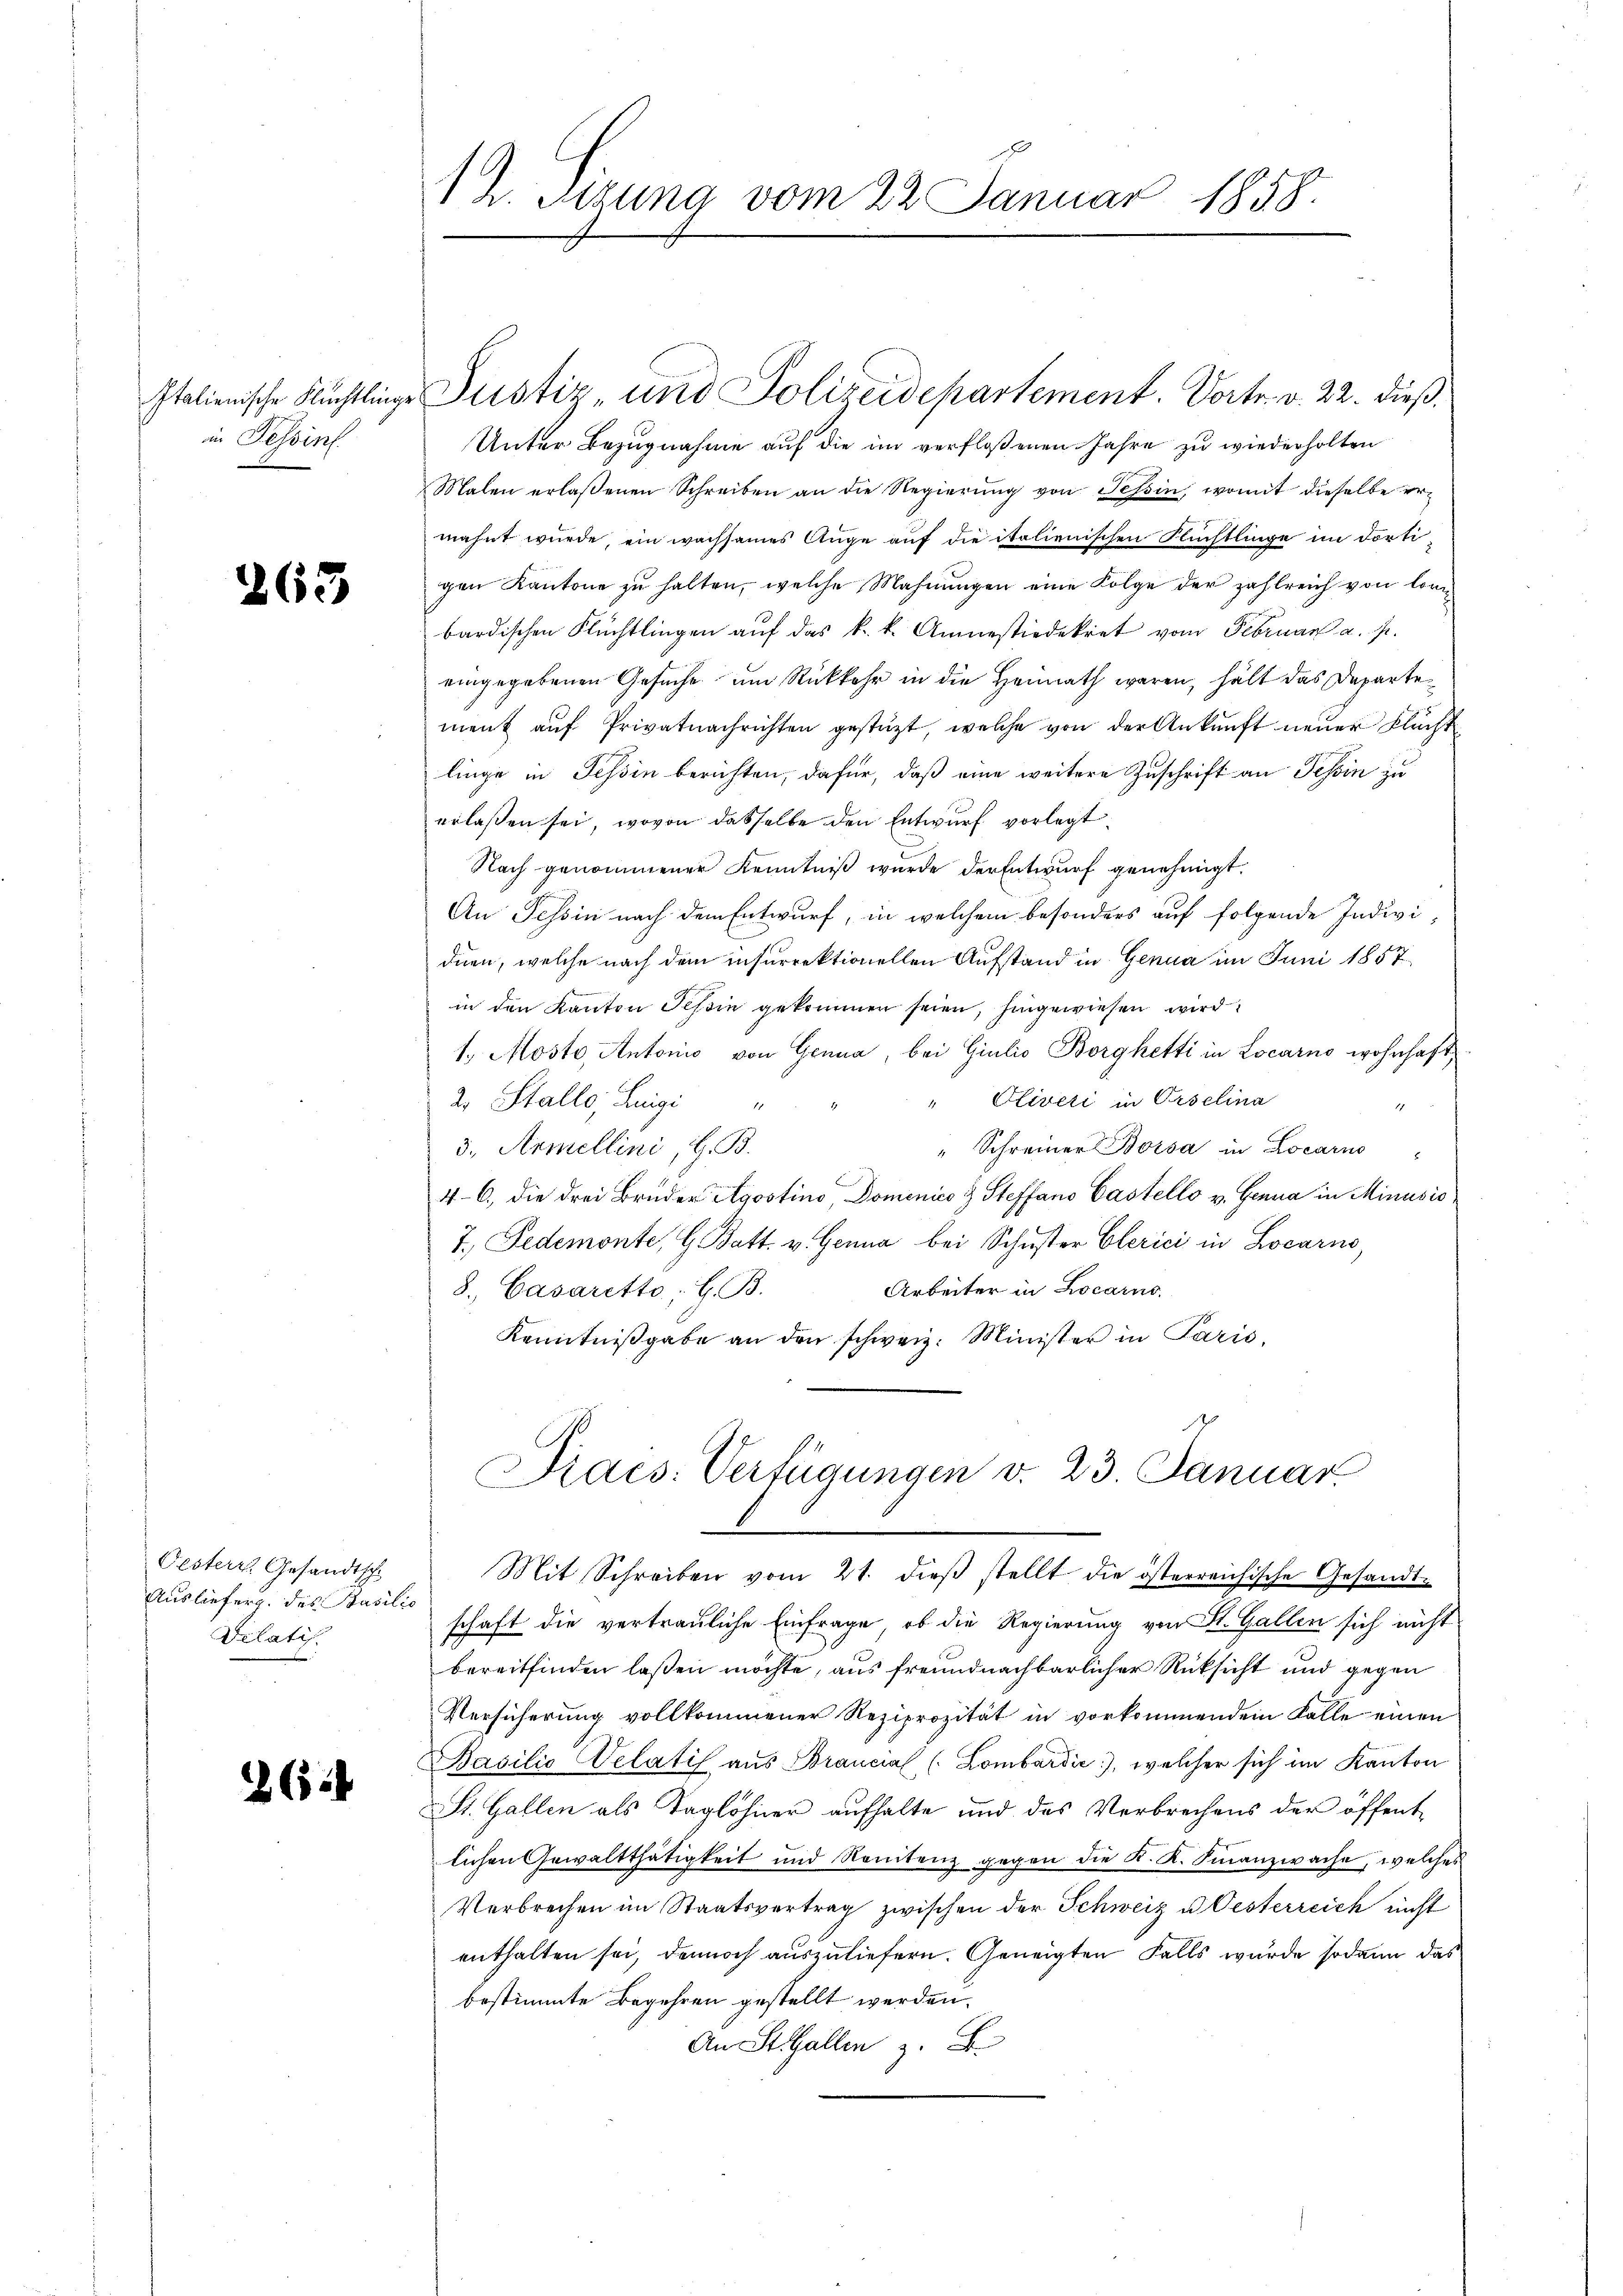
in Tessin

263

Oesters Gesandtsch
Ausliefers des Basilio
Vilatis.

262

h. Sizung vom 22 Januar 1858.

Italienische Flüchtlinge Justiz- und Polizeidepartement. Vortr. v. 22. dieß¬
Unter Bezugnahme auf die im verfloßenen Jahre zu wiederholten
Malen erlaßenen Schreiben an die Regierŭng von Tessin, womit dieselbe ermahnt wurde, ein wachsames Auge auf die italienischen Flüchtlinge im dortigen Kantone zu halten, welche Mahnungen eine Folge der zahlreich von lon
bardischen Flüchtlingen auf das k. k. Annestiedekret vom Februar a. p.
eingegebenen Gesuche um Rückkehr in die Heimath waren, hält das Departe
ment aŭf Privatnachrichten gestützt, welche von der Ankunft neuer Flucht
linge in Tessin berichten, dafür, daß eine weitere Zuschrift an Tessin zu
erlaßen sei, wovon dasselbe den Entwurf vorlegt.
Nach genommener Kenntniß wurde der Entwurf genehmigt.
An Tessin nach dem Entwurf, in welchem besonders auf folgende Individuen, welche nach dem insurrektionellen Aufstand in Genua im Juni 1857
in den Kanton Tessin gekommen seien, hingewiesen wird
1., Mosto Antonis von Genua, bei Giulio Borghetti in Locarno wohnhaft
" Oliveri in Orselina
2. Stallo, Luigi "
1
3., Armellini, G. B.
" Schreiner Bossa in Locarno
4-6., die drei Bruder Agostino, Domenico & Steffano Gastello v. Genua in Minusio
7. Fedemonte, G. Batt. v. Genua bei Schuster Clerici in Locarno,
Arbeiter in Locarno,
8. Casaretto; G. B.
Kenntniβgabe an den schweiz. Minister in Paris,

Praes. Verfügungen v. 23. Januar
Mit Schreiben vom 21. dieβ stellt die österreichische Gesandt-

schaft die vertrauliche Einfrage, ob die Regierung von St. Gallen sich nicht
bereitfinden laßen möchte, aus freundnachbarlicher Rücksicht und gegen
Versicherung vollkommener Reziprozität in vorkommendem Falle einen
Basilio Velatif aus Brancial (Lombardić, welcher sich im Kanton
St. Gallen als Taglöhner aufhalte und das Verbrechens der öffentlichen Gewaltthätigkeit und Renitenz gegen die K. K. Finanzwache, welches
Verbrechen im Staatsvertrag zwischen der Schweiz u. Oesterreich nicht
enthalten sei, dennoch auszuliefern. Geneigten Falls wurde sodann das
bestimmte Begehren gestellt werden.
An St. Gallen z. B